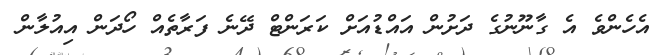
އެހެންވެ އެ ގާނޫނުގެ ދަށުން އައްޑުއަށް ކަރަންޓް ދޭނެ ފަރާތެއް ހޯދަން އިއުލާން